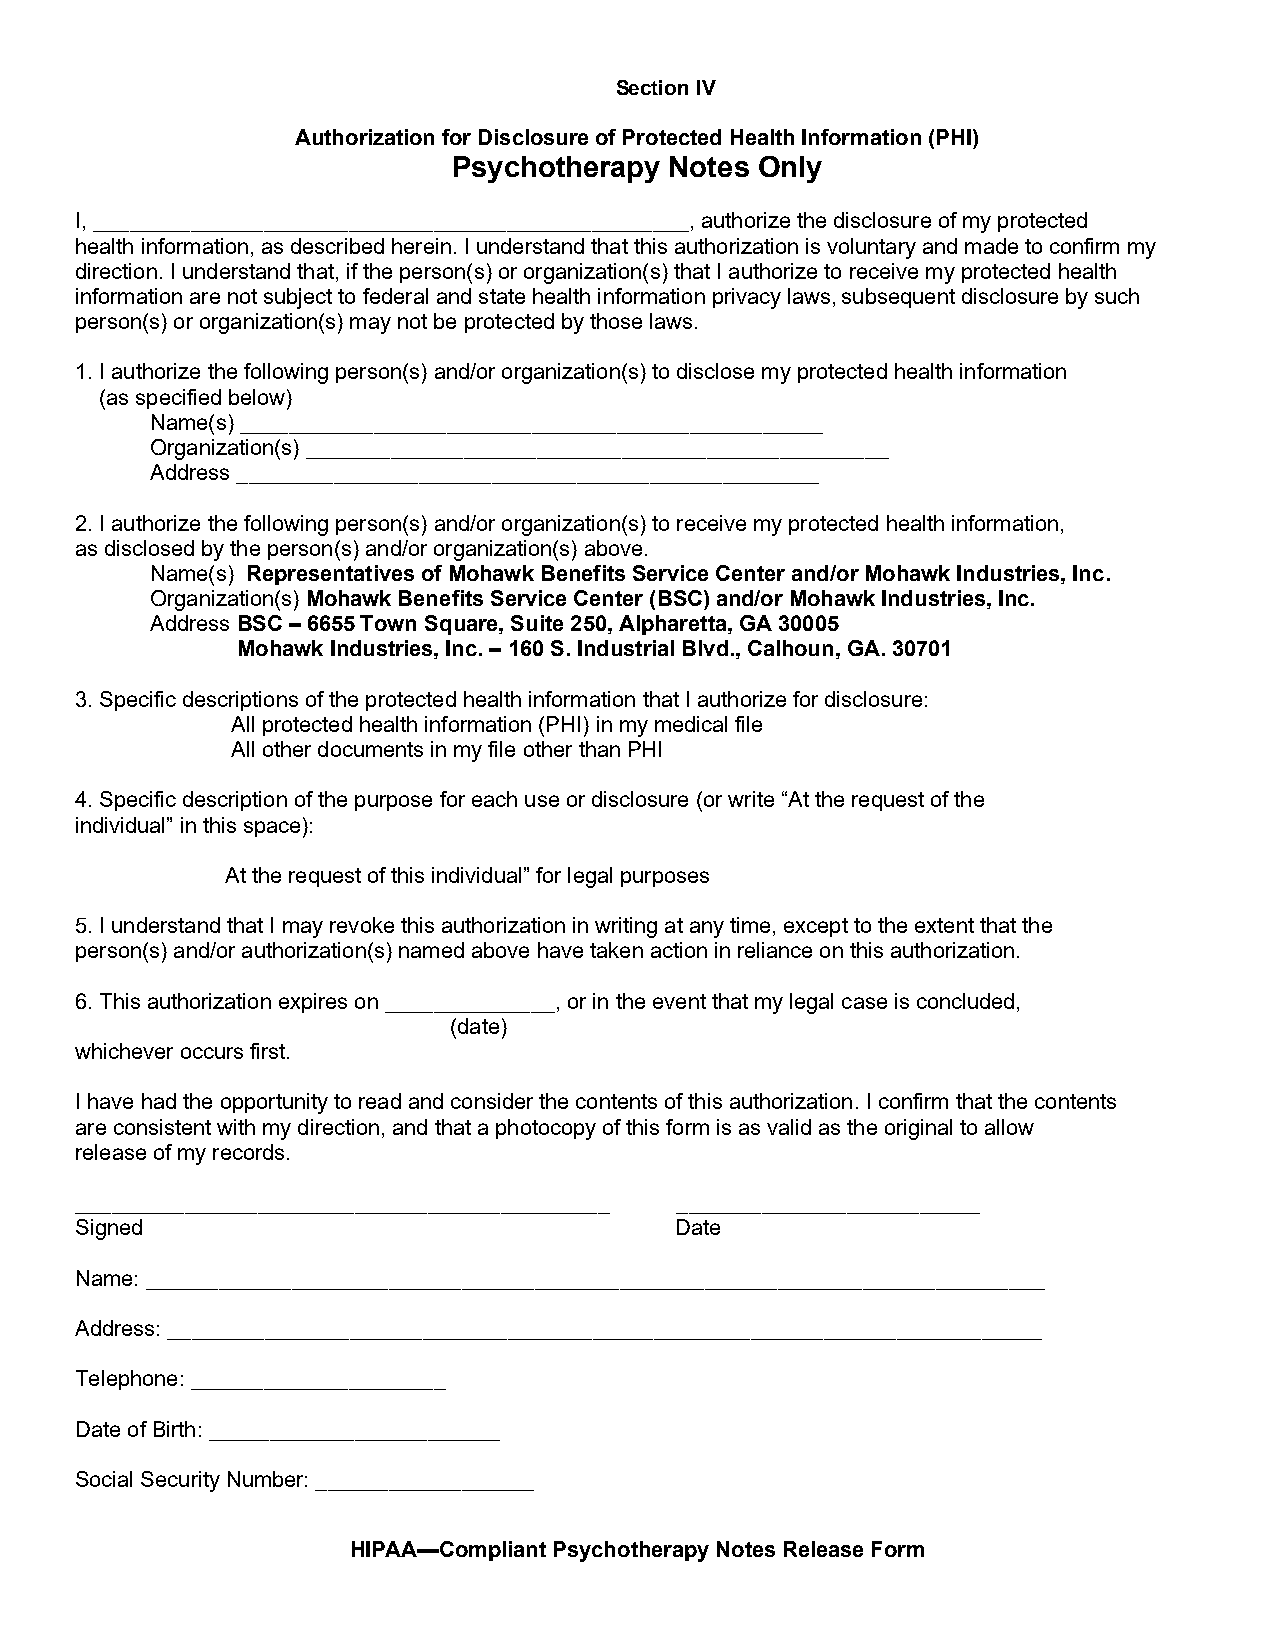
Section IV
 Authorization for Disclosure of Protected Health Information (PHI)
 Psychotherapy Notes Only
 I, _________________________________________________, authorize the disclosure of my protected
 health information, as described herein. I understand that this authorization is voluntary and made to confirm my
 direction. I understand that, if the person(s) or organization(s) that I authorize to receive my protected health
 information are not subject to federal and state health information privacy laws, subsequent disclosure by such
 person(s) or organization(s) may not be protected by those laws.
 1. I authorize the following person(s) and/or organization(s) to disclose my protected health information
 (as specified below)
 Name(s) ________________________________________________
 Organization(s) ________________________________________________
 Address ________________________________________________
 2. I authorize the following person(s) and/or organization(s) to receive my protected health information,
 as disclosed by the person(s) and/or organization(s) above.
 Name(s) Representatives of Mohawk Benefits Service Center and/or Mohawk Industries, Inc.
 Organization(s) Mohawk Benefits Service Center (BSC) and/or Mohawk Industries, Inc.
 Address BSC – 6655 Town Square, Suite 250, Alpharetta, GA 30005
 Mohawk Industries, Inc. – 160 S. Industrial Blvd., Calhoun, GA. 30701
 3. Specific descriptions of the protected health information that I authorize for disclosure:
 All protected health information (PHI) in my medical file
 All other documents in my file other than PHI
 4. Specific description of the purpose for each use or disclosure (or write “At the request of the
 individual” in this space):
 At the request of this individual” for legal purposes
 5. I understand that I may revoke this authorization in writing at any time, except to the extent that the
 person(s) and/or authorization(s) named above have taken action in reliance on this authorization.
 6. This authorization expires on ______________, or in the event that my legal case is concluded,
 (date)
 whichever occurs first.
 I have had the opportunity to read and consider the contents of this authorization. I confirm that the contents
 are consistent with my direction, and that a photocopy of this form is as valid as the original to allow
 release of my records.
 ____________________________________________ _________________________
 Signed                                  Date
 Name: __________________________________________________________________________
 Address: ________________________________________________________________________
 Telephone: _____________________
 Date of Birth: ________________________
 Social Security Number: __________________
 HIPAA—Compliant Psychotherapy Notes Release Form